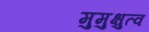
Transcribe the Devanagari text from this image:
मुमुक्षुत्व